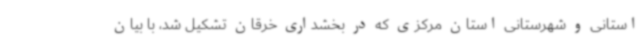
استانی و شهرستانی استان مرکزی که در بخشداری خرقان تشکیل شد، با بیان